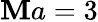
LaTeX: \mathbf{M}a=3